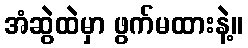
အံဆွဲထဲမှာ ဖွက်မထားနဲ့။